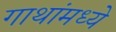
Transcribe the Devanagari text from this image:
गाथांमध्ये